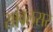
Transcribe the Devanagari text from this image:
सांवलसर